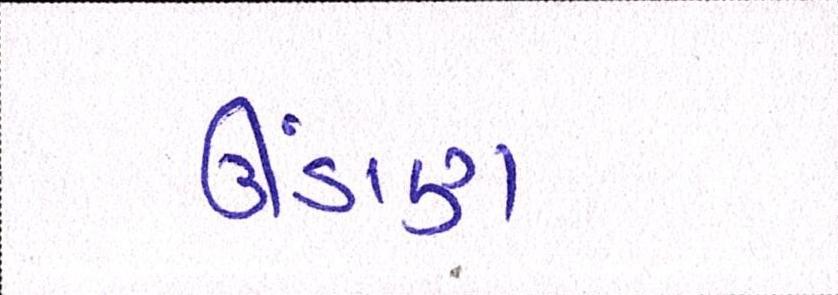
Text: ઊંડાણ